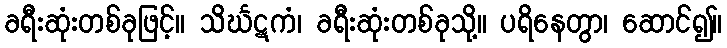
ခရီးဆုံးတစ်ခုဖြင့်။ သိင်္ဃဋကံ၊ ခရီးဆုံးတစ်ခုသို့။ ပရိနေတွာ၊ ဆောင်၍။